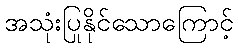
အသုံးပြုနိုင်သောကြောင့်